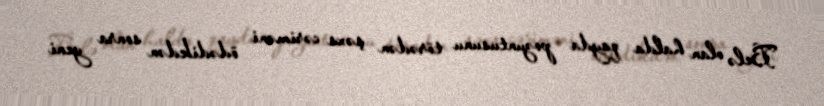
Belə olan halda qayda pozuntusunu törədən şəxs cəriməni ödədikdən sonra yeni